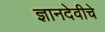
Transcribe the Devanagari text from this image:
ज्ञानदेवीचे